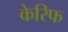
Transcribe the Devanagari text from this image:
केरिफ